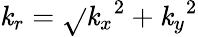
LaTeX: {\mathit{k}}_{{r}}=\sqrt{}{{\smash{\mathit{k}_{x}}^{2}+\smash{\mathit{k}_{y}}^{2}}}